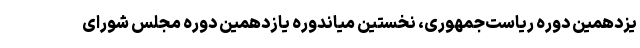
یزدهمین دوره ریاست‌جمهوری، نخستین میاندوره یازدهمین دوره مجلس شورای